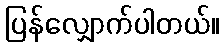
ပြန်လျှောက်ပါတယ်။